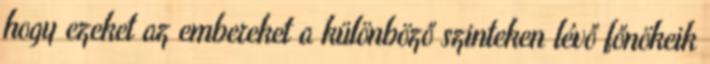
hogy ezeket az embereket a különböző szinteken lévő főnökeik